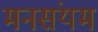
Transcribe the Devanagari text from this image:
मनसंयम